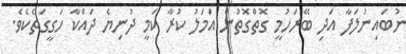
ނުބައިނުލަފާ އަދި ބޭރަހުމީ ގޮތްގޮތުން އަމަލު ކުރާ ކަމީ ދުނިޔެ ދައްކާ ހަގީގަތެކެވެ.